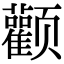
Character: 颧